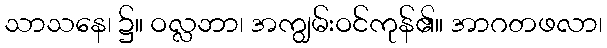
သာသနေ၊ ၌။ ဝလ္လဘာ၊ အကျွမ်းဝင်ကုန်၏။ အာဂတဖလာ၊